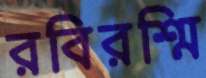
রবিরশ্মি